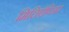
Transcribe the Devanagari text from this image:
मिलिएंपिअर